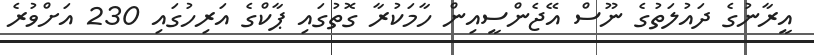
އީރާނުގެ ދައުލަތުގެ ނޫސް އޭޖެންސީއިން ހާމަކުރާ ގޮތުގައި ޕާކްގެ އަރިހުގައި 230 އަށްވުރެ